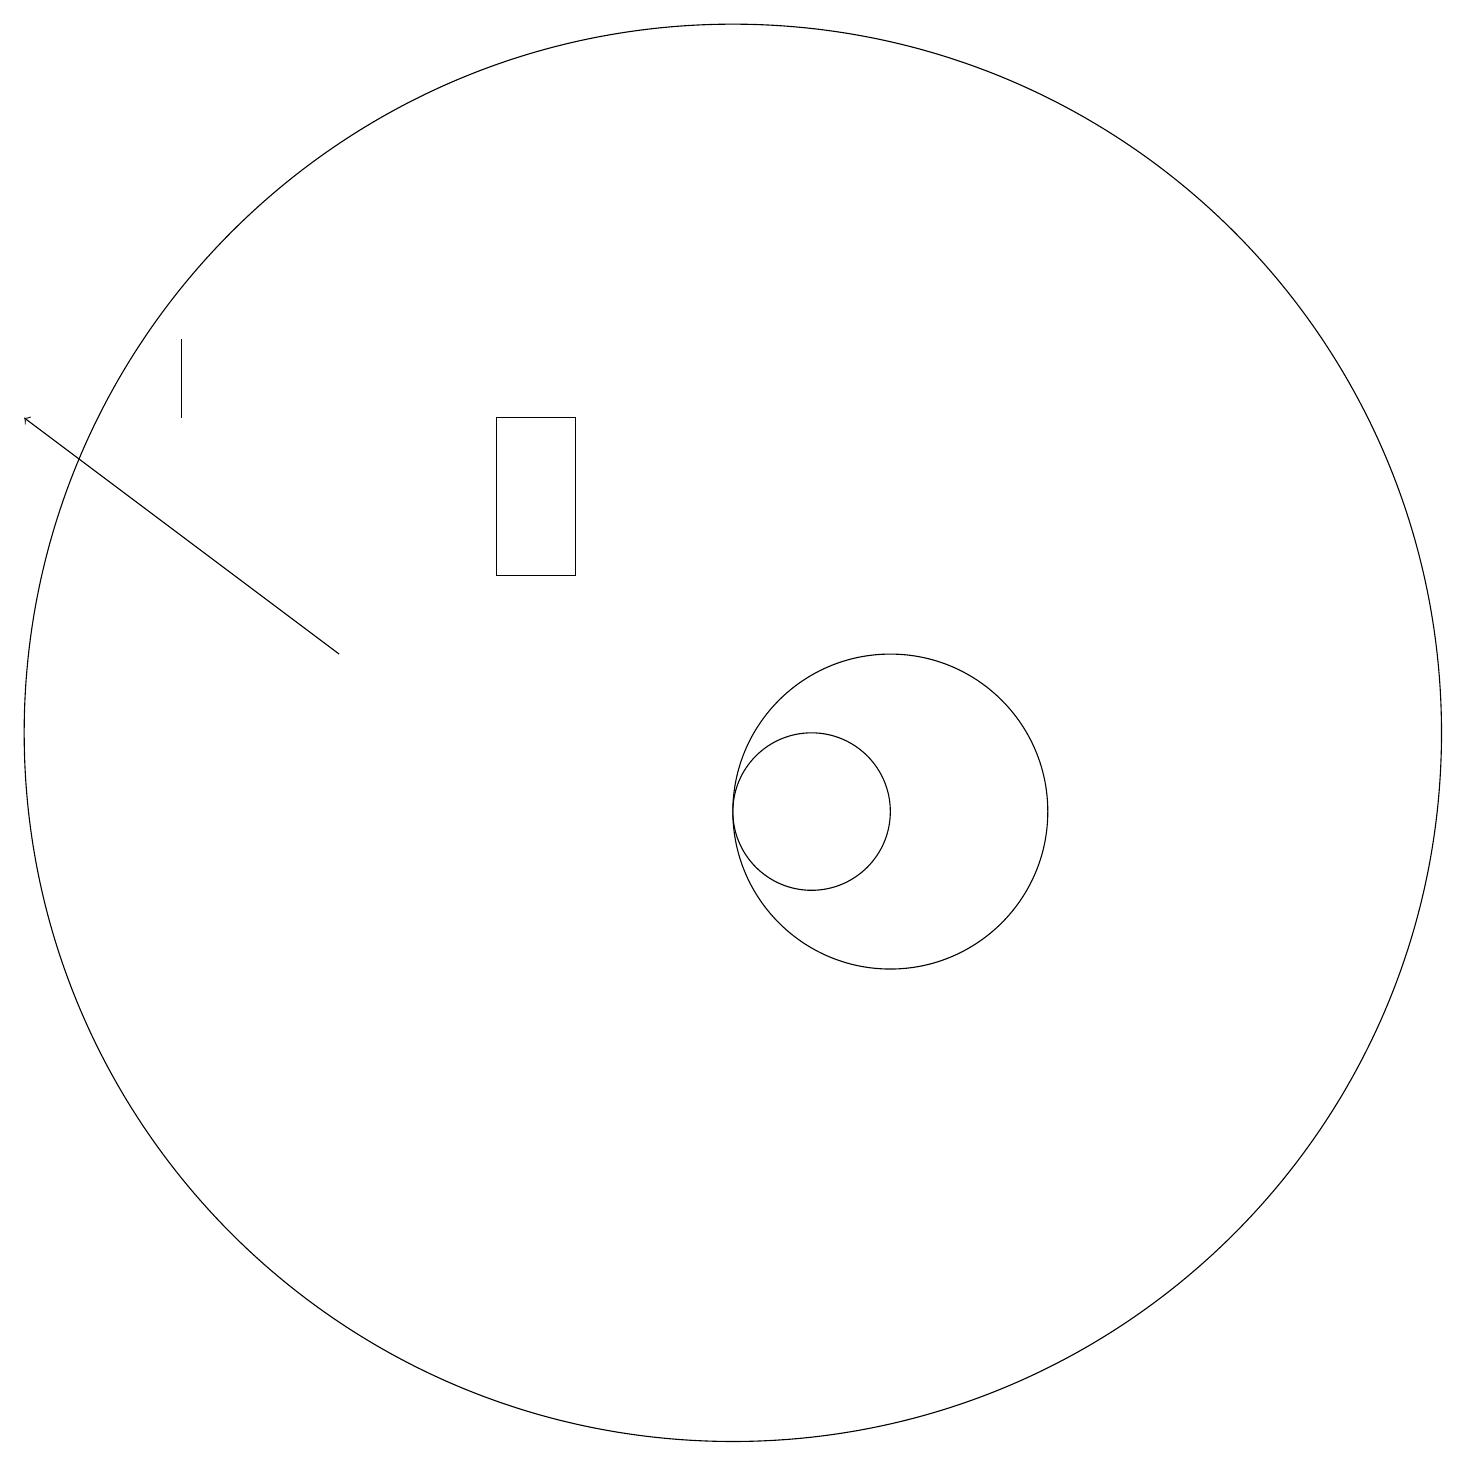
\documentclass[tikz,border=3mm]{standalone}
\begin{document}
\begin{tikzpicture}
\draw (3,17) rectangle (3,16);
\draw (11,11) circle (1);
\draw[->] (5,13) -- (1,16);
\draw (12,11) circle (2);
\draw (10,12) circle (9);
\draw (8,14) rectangle (7,16);
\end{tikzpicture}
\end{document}